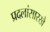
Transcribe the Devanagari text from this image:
प्रदलांसारखे